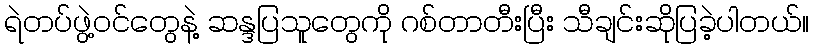
ရဲတပ်ဖွဲ့ဝင်တွေနဲ့ ဆန္ဒပြသူတွေကို ဂစ်တာတီးပြီး သီချင်းဆိုပြခဲ့ပါတယ်။